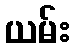
ယမ်း